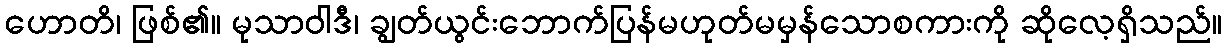
ဟောတိ၊ ဖြစ်၏။ မုသာဝါဒီ၊ ချွတ်ယွင်းဘောက်ပြန်မဟုတ်မမှန်သောစကားကို ဆိုလေ့ရှိသည်။